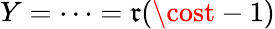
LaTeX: Y=\cdots=\mathfrak{r}(\cost-1)